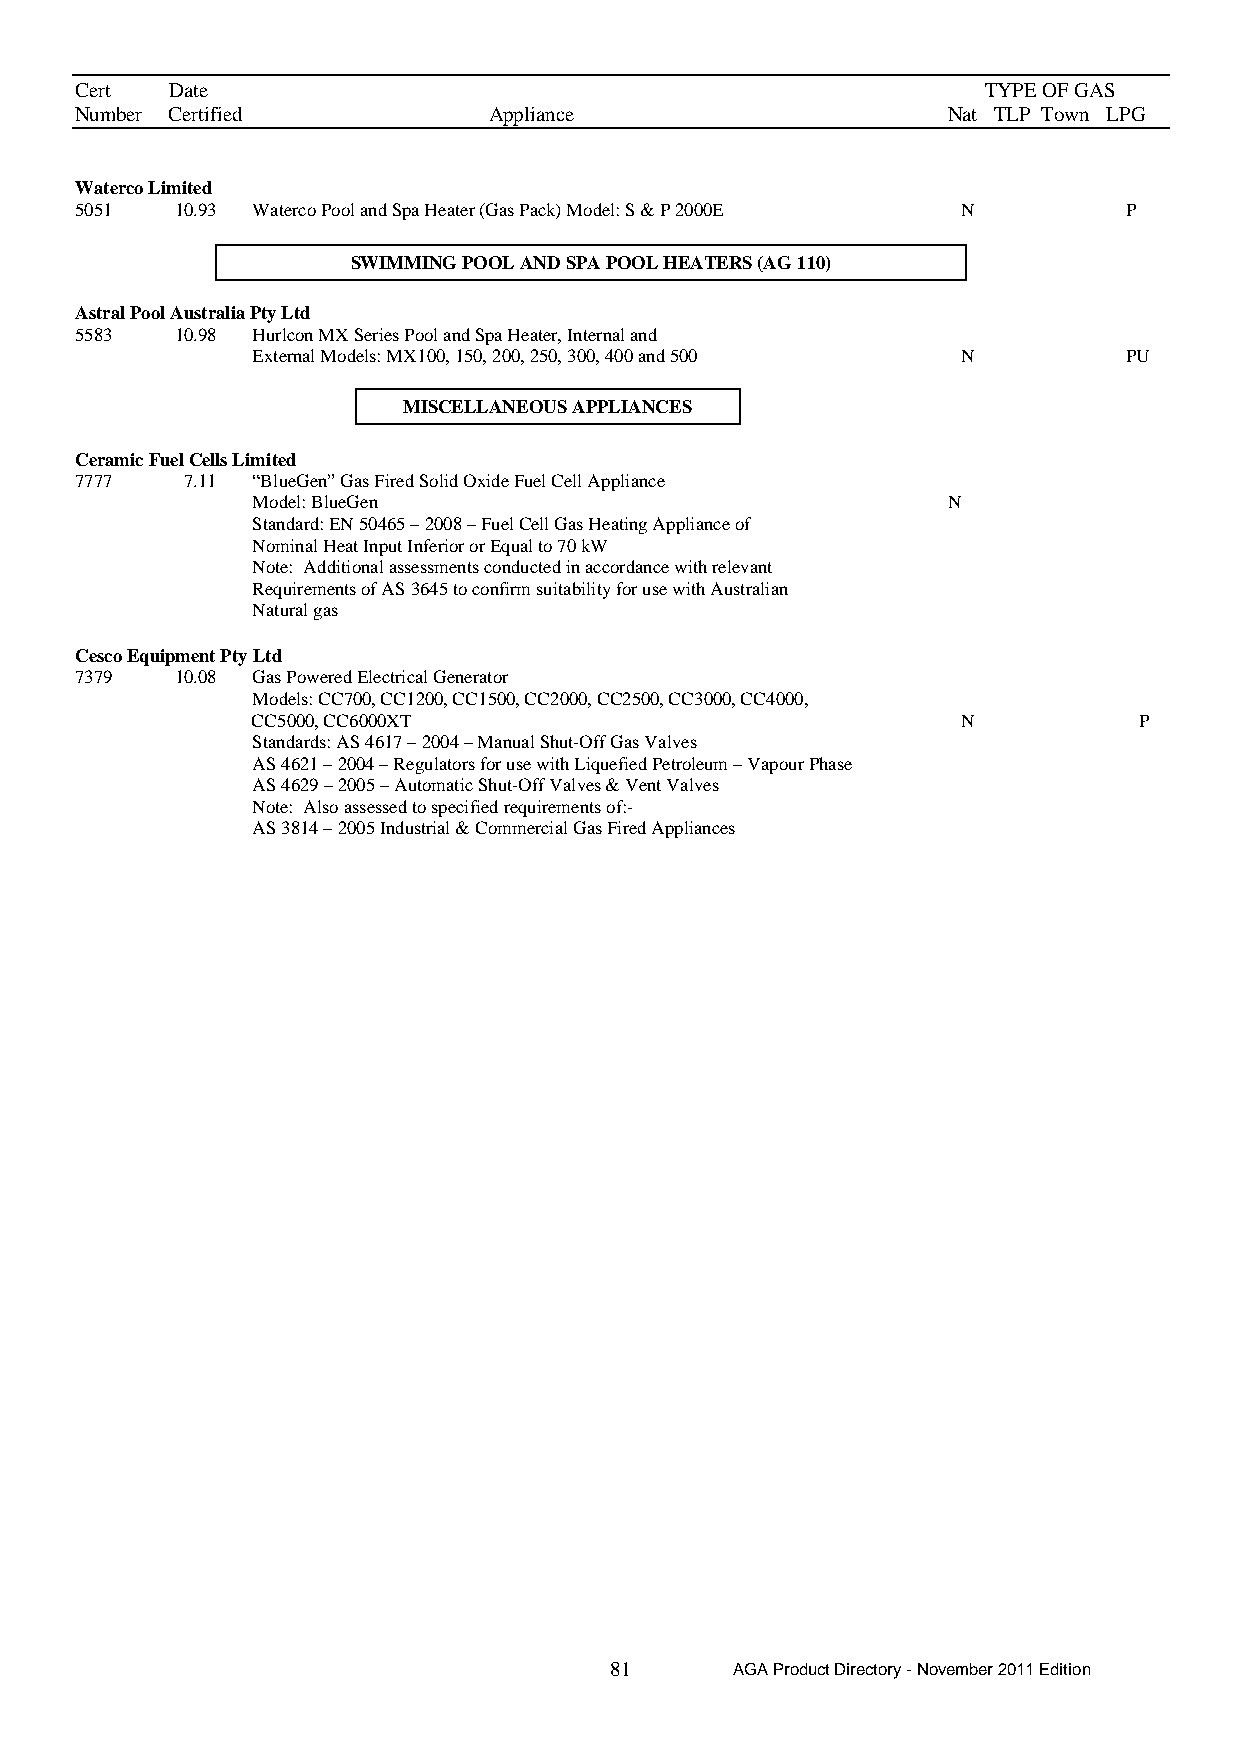
Cert  Date                                                  TYPE OF GAS
 Number Certified           Appliance                      Nat TLP Town LPG
 Waterco Limited
 5051   10.93 Waterco Pool and Spa Heater (Gas Pack) Model: S & P 2000E N P
 SWIMMING POOL AND SPA POOL HEATERS (AG 110)
 Astral Pool Australia Pty Ltd
 5583   10.98 Hurlcon MX Series Pool and Spa Heater, Internal and
 External Models: MX100, 150, 200, 250, 300, 400 and 500 N PU
 MISCELLANEOUS APPLIANCES
 Ceramic Fuel Cells Limited
 7777   7.11 “BlueGen” Gas Fired Solid Oxide Fuel Cell Appliance
 Model: BlueGen                                N
 Standard: EN 50465 – 2008 – Fuel Cell Gas Heating Appliance of
 Nominal Heat Input Inferior or Equal to 70 kW
 Note: Additional assessments conducted in accordance with relevant
 Requirements of AS 3645 to confirm suitability for use with Australian
 Natural gas
 Cesco Equipment Pty Ltd
 7379   10.08 Gas Powered Electrical Generator
 Models: CC700, CC1200, CC1500, CC2000, CC2500, CC3000, CC4000,
 CC5000, CC6000XT                               N          P
 Standards: AS 4617 – 2004 – Manual Shut-Off Gas Valves
 AS 4621 – 2004 – Regulators for use with Liquefied Petroleum – Vapour Phase
 AS 4629 – 2005 – Automatic Shut-Off Valves & Vent Valves
 Note: Also assessed to specified requirements of:-
 AS 3814 – 2005 Industrial & Commercial Gas Fired Appliances
 81      AGA Product Directory - November 2011 Edition